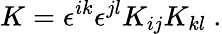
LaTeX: K=\epsilon^{ik}\epsilon^{jl}K_{ij}K_{kl}\ .